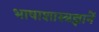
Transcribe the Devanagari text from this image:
भाषाशास्त्रज्ञानें